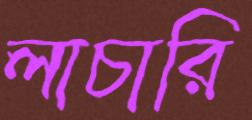
লাচারি